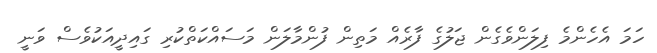
ހަމަ އެހެންމެ ފިލަންވެގެން ޖަލުގެ ފާރެއް މަތިން ފުންމާލަން މަސައްކަތްކުރި ގައިދީއަކުވެސް ވަނީ